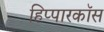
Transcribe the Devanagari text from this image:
हिप्पारकॉस